Indian journal of veterinary science and animal husbandry - Volume 6,
Year: 1936
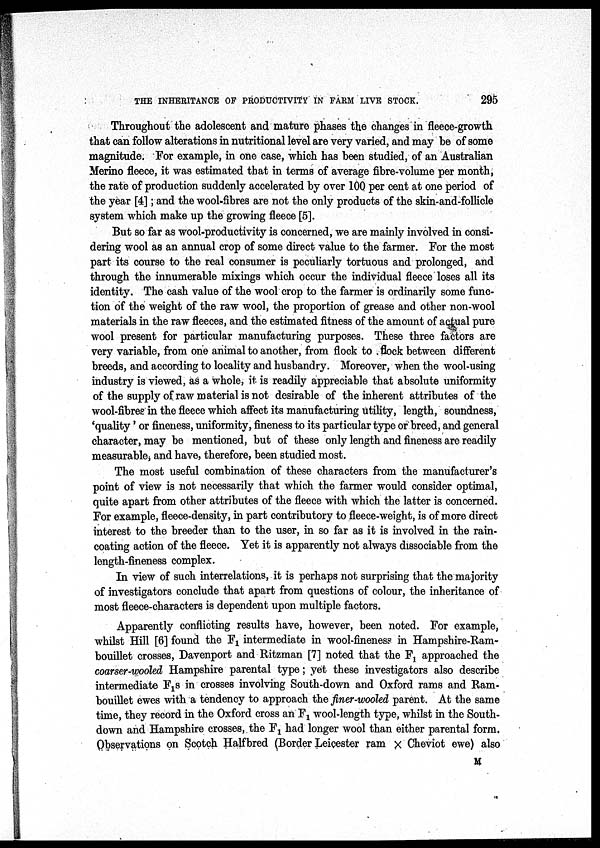
THE INHERITANCE OF PRODUCTIVITY IN FARM LIVE STOCK.
295
Throughout the adolescent and mature phases the changes in fleece-growth
that can follow alterations in nutritional level are very varied, and may be of some
magnitude. For example, in one case, which has been studied, of an Australian
Merino fleece, it was estimated that in terms of average fibre-volume per month,
the rate of production suddenly accelerated by over 100 per cent at one period of
the year [4]; and the wool-fibres are not the only products of the skin-and-follicle
system which make up the growing fleece [5].
But so far as wool-productivity is concerned, we are mainly involved in consi-
dering wool as an annual crop of some direct value to the farmer. For the most
part its course to the real consumer is peculiarly tortuous and prolonged, and
through the innumerable mixings which occur the individual fleece loses all its
identity. The cash value of the wool crop to the farmer is ordinarily some func-
tion of the weight of the raw wool, the proportion of grease and other non-wool
materials in the raw fleeces, and the estimated fitness of the amount of actual pure
wool present for particular manufacturing purposes. These three factors are
very variable, from one animal to another, from flock to flock between different
breeds, and according to locality and husbandry. Moreover, when the wool-using
industry is viewed, as a whole, it is readily appreciable that absolute uniformity
of the supply of raw material is not desirable of the inherent attributes of the
wool-fibres in the fleece which affect its manufacturing utility, length, soundness,
'quality' or fineness, uniformity, fineness to its particular type or breed, and general
character, may be mentioned, but of these only length and fineness are readily
measurable, and have, therefore, been studied most.
The most useful combination of these characters from the manufacturer's
point of view is not necessarily that which the farmer would consider optimal,
quite apart from other attributes of the fleece with which the latter is concerned.
For example, fleece-density, in part contributory to fleece-weight, is of more direct
interest to the breeder than to the user, in so far as it is involved in the rain-
coating action of the fleece. Yet it is apparently not always dissociable from the
length-fineness complex.
In view of such interrelations, it is perhaps not surprising that the majority
of investigators conclude that apart from questions of colour, the inheritance of
most fleece-characters is dependent upon multiple factors.
Apparently conflicting results have, however, been noted. For example,
whilst Hill [6] found the F 1 intermediate in wool-fineness in Hampshire-Ram~
bouillet crosses, Davenport and Ritzman [7] noted that the F 1 approached the
coarser-wooled Hampshire parental type; yet these investigators also describe
intermediate F 1 s in crosses involving South-down and Oxford rams and Ram-
bouillet ewes with a tendency to approach the finer-wooled parent. At the same
time, they record in the Oxford cross an F 1 wool-length type, whilst in the South-
down and Hampshire crosses, the F 1 had longer wool than either parental form.
Observations on Scotch Halfbred (Border Leicester ram × Cheviot ewe) also
M